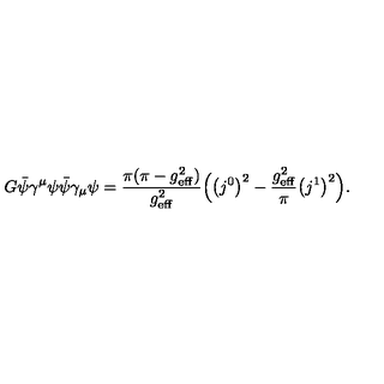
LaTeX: G \bar { \psi } \gamma ^ { \mu } \psi \bar { \psi } \gamma _ { \mu } \psi = { \frac { \pi ( \pi - g _ { \mathrm { e f f } } ^ { 2 } ) } { g _ { \mathrm { e f f } } ^ { 2 } } } \Bigl ( \bigl ( j ^ { 0 } \bigr ) ^ { 2 } - { \frac { g _ { \mathrm { e f f } } ^ { 2 } } { \pi } } \bigl ( j ^ { 1 } \bigr ) ^ { 2 } \Bigr ) .